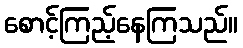
စောင့်ကြည့်နေကြသည်။